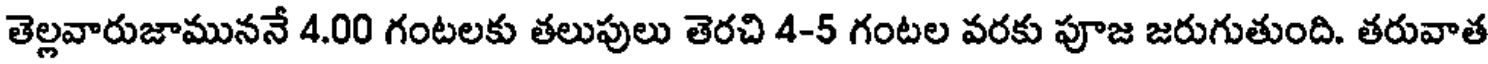
తెల్లవారుజాముననే 4.00 గంటలకు తలుపులు తెరచి 4-5 గంటల వరకు పూజ జరుగుతుంది. తరువాత